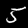
Digit: 5